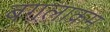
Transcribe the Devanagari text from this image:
बगलाक्रम